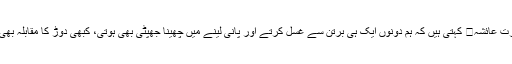
حضرت عائشہ کہتی ہیں کہ ہم دونوں ایک ہی برتن سے غسل کرتے اور پانی لینے میں چھینا جھپٹی بھی ہوتی، کبھی دوڑ کا مقابلہ بھی ہوتا۔